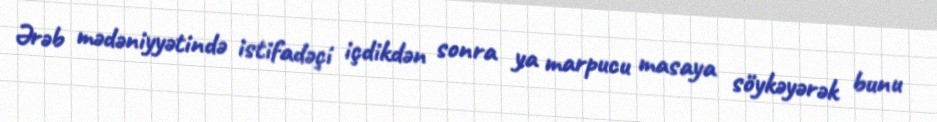
Ərəb mədəniyyətində istifadəçi içdikdən sonra ya marpucu masaya söykəyərək bunu